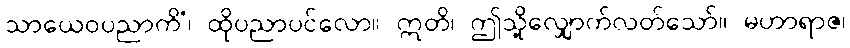
သာယေဝပညာကိံ၊ ထိုပညာပင်လော။ ဣတိ၊ ဤသို့လျှောက်လတ်သော်။ မဟာရာဇ၊